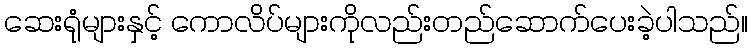
ဆေးရုံများနှင့် ကောလိပ်များကိုလည်းတည်ဆောက်ပေးခဲ့ပါသည်။